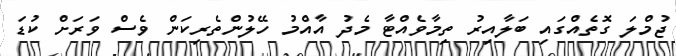
ޖުމްލަ ގޮތެއްގައި ބަލާއިރު ތިމާވެއްޓާ މެދު އާއްމު ހޭލުންތެރިކަން ވެސް ވަރަށް ކުޑަ